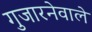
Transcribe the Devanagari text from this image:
गुजारनेवाले